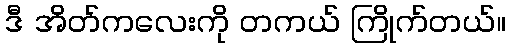
ဒီ အိတ်ကလေးကို တကယ် ကြိုက်တယ်။